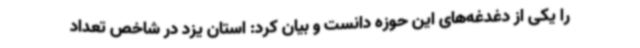
را یکی از دغدغه‌های این حوزه دانست و بیان کرد: استان یزد در شاخص تعداد